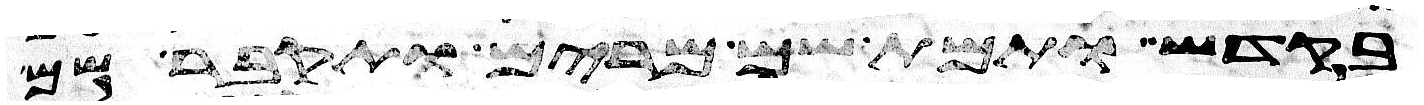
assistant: בקדש ותמת שם מרים ותקבר שם